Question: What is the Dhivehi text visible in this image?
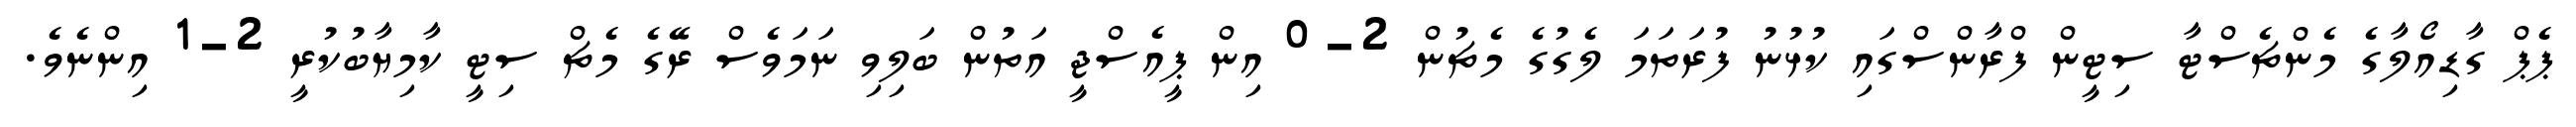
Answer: ޕެޕް ގާޑިއޯލާގެ މެންޗެސްޓާ ސިޓީން ފްރާންސްގައި ކުޅުނު ފުރަތަމަ ލެގުގެ މެޗުން 2-0 އިން ޕީއެސްޖީ އަތުން ބަލިވި ނަމަވެސް ރޭގެ މެޗް ސިޓީ ކާމިޔާބުކުރީ 2-1 އިންނެވެ.